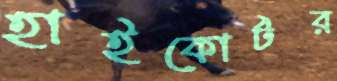
হাইকোর্টর